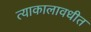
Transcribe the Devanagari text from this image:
त्याकालावधीत